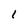
Character: 1